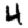
Digit: 4